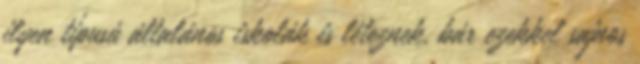
ilyen típusú általános iskolák is léteznek, bár ezekkel sajnos